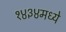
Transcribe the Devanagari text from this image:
१४३४मध्ये